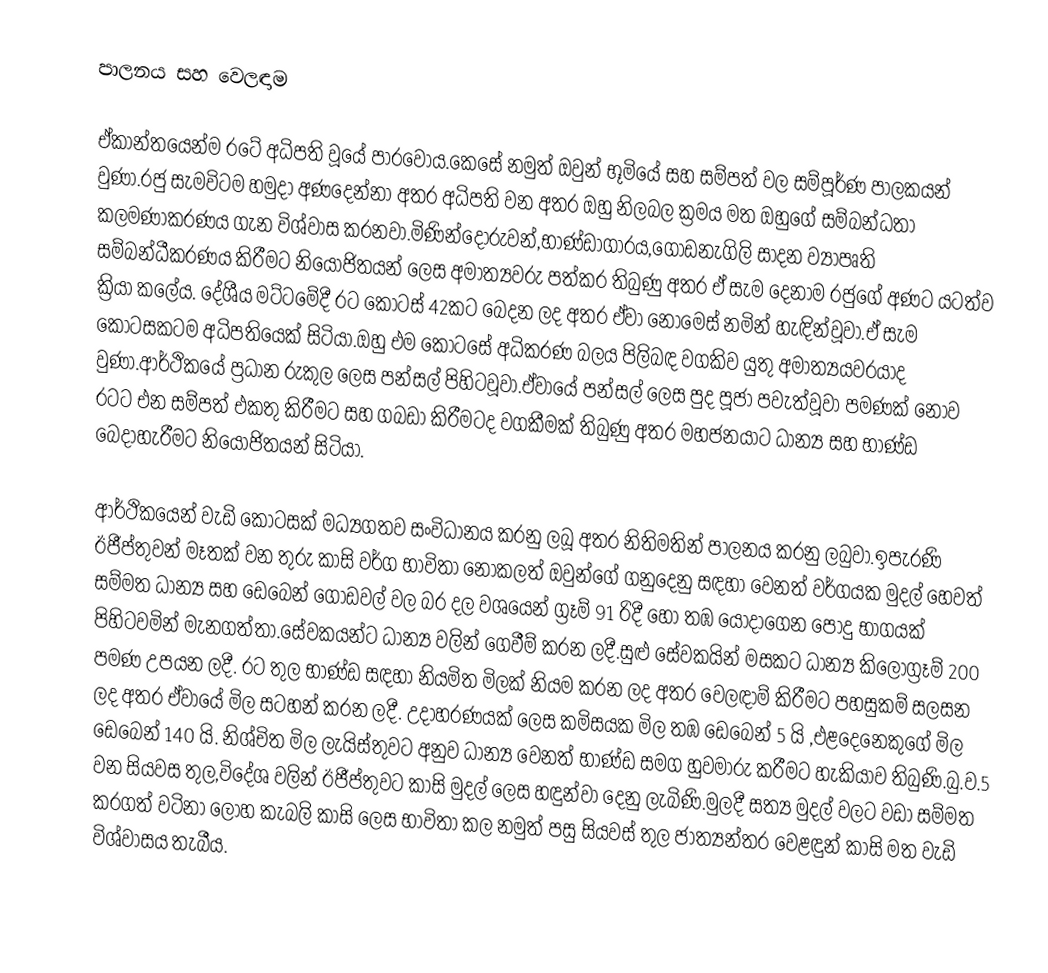
පාලනය සහ වෙලඳාම

ඒකාන්තයෙන්ම රටේ අධිපති වූයේ පාරවෝය.කෙසේ නමුත් ඔවුන් භූමියේ සහ සම්පත් වල සම්පූර්ණ පාලකයන් වුණා.රජු සැමවිටම හමුදා අණදෙන්නා අතර අධිපති වන අතර ඔහු නිලබල ක්‍රමය මත ඔහුගේ සම්බන්ධතා කලමණාකරණය ගැන විශ්වාස කරනවා.මිණින්දෝරුවන්,භාණ්ඩාගාරය,ගොඩනැගිලි සාදන ව්‍යාපෘති සම්බන්ධීකරණය කිරීමට නියෝජිතයන් ලෙස අමාත්‍යවරු පත්කර තිබුණු අතර ඒ සැම දෙනාම රජුගේ අණට යටත්ව ක්‍රියා කලේය. දේශීය මට්ටමේදී රට කොටස් 42කට බෙදන ලද අතර ඒවා නොමෙස් නමින් හැඳින්වූවා.ඒ සැම කොටසකටම අධිපතියෙක් සිටියා.ඔහු එම කොටසේ අධිකරණ බලය පිලිබඳ වගකිව යුතු අමාත්‍යයවරයාද වුණා.ආර්ථිකයේ ප්‍රධාන රුකුල ලෙස පන්සල් පිහිටවූවා.ඒවායේ පන්සල් ලෙස පුද පූජා පවැත්වූවා පමණක් නොව රටට එන සම්පත් එකතු කිරීමට සහ ගබඩා කිරීමටද වගකීමක් තිබුණු අතර මහජනයාට ධාන්‍ය සහ භාණ්ඩ බෙදාහැරීමට නියෝජිතයන් සිටියා.

ආර්ථිකයෙන් වැඩි කොටසක් මධ්‍යගතව සංවිධානය කරනු ලබූ අතර නිතිමතින් පාලනය කරනු ලබුවා.ඉපැරණි ඊජීප්තුවන් මෑතක් වන තුරු කාසි වර්ග භාවිතා නොකලත් ඔවුන්ගේ ගනුදෙනු සඳහා වෙනත් වර්ගයක මුදල් හෙවත් සම්මත ධාන්‍ය සහ ඩෙබෙන්  ගොඩවල් වල බර දල වශයෙන් ග්‍රෑම් 91 රිදී හෝ තඹ යොදාගෙන පොදු භාගයක් පිහිටවමින් මැනගත්තා.සේවකයන්ට ධාන්‍ය වලින් ගෙවීම් කරන ලදී.සුළු සේවකයින් මසකට ධාන්‍ය කිලෝග්‍රෑම් 200 පමණ උපයන ලදී. රට තුල භාණ්ඩ සඳහා නියමිත මිලක් නියම කරන ලද අතර වෙලඳාම් කිරීමට පහසුකම් සලසන ලද අතර ඒවායේ මිල සටහන් කරන ලදී. උදාහරණයක් ලෙස කමිසයක මිල තඹ ඩෙබෙන් 5 යි ,එළදෙනෙකුගේ මිල ඩෙබෙන් 140 යි. නිශ්චිත මිල ලැයිස්තුවට අනුව ධාන්‍ය වෙනත් භාණ්ඩ සමග හුවමාරු කරීමට හැකියාව තිබුණි.බු.ව.5 වන සියවස තුල,විදේශ වලින් ඊජීප්තුවට කාසි මුදල් ලෙස හඳුන්වා දෙනු ලැබිණි.මුලදී සත්‍ය මුදල් වලට වඩා සම්මත කරගත් වටිනා ලෝහ කැබලි කාසි ලෙස භාවිතා කල නමුත් පසු සියවස් තුල ජාත්‍යන්තර වෙළඳුන් කාසි මත වැඩි විශ්වාසය තැබීය.